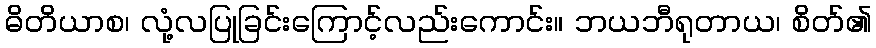
ဓိတိယာစ၊ လုံ့လပြုခြင်းကြောင့်လည်းကောင်း။ ဘယဘီရုတာယ၊ စိတ်၏